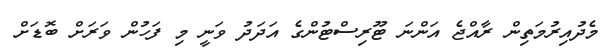
މެދުއިރުމަތިން ރާއްޖެ އަންނަ ޓޫރިސްޓުންގެ އަދަދު ވަނީ މި ފަހުން ވަރަށް ބޮޑަށް